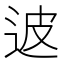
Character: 𲅖